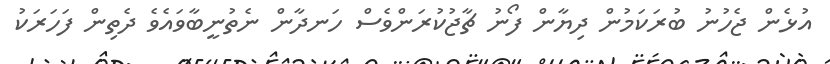
އުޅެން ޖެހުނު ބުރަކަމުން ދިޔާން ފޯނު ޗާޖުކުރަންވެސް ހަނދާން ނެތުނީބާވައެވެ ދެތިން ފަހަރަކު